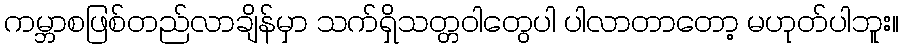
ကမ္ဘာစဖြစ်တည်လာချိန်မှာ သက်ရှိသတ္တဝါတွေပါ ပါလာတာတော့ မဟုတ်ပါဘူး။